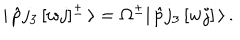
| \, \hat { p } j _ { 3 } \, [ w j ] ^ { \pm } \, \rangle = \Omega ^ { \pm } | \, \hat { p } j _ { 3 } \, [ w j ] \, \rangle \, .